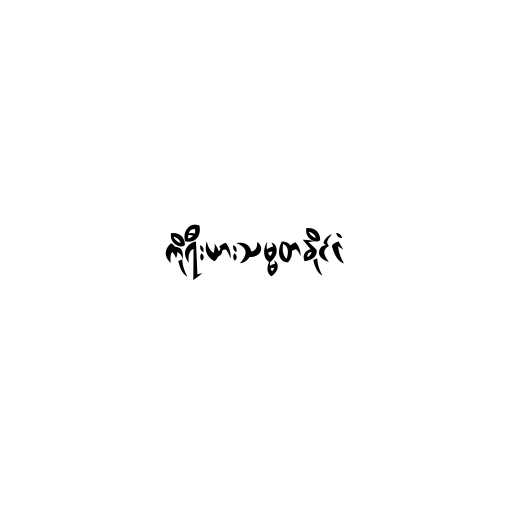
ကိုရီးယားသမ္မတနိုင်ငံ